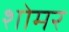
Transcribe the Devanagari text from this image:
शोमर